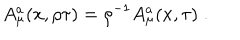
A _ { \mu } ^ { a } ( x , \rho \tau ) = { \rho } ^ { - 1 } A _ { \mu } ^ { a } ( x , \tau ) \; .